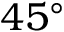
4 5 ^ { \circ }